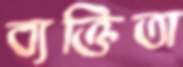
ব্যক্তিতা